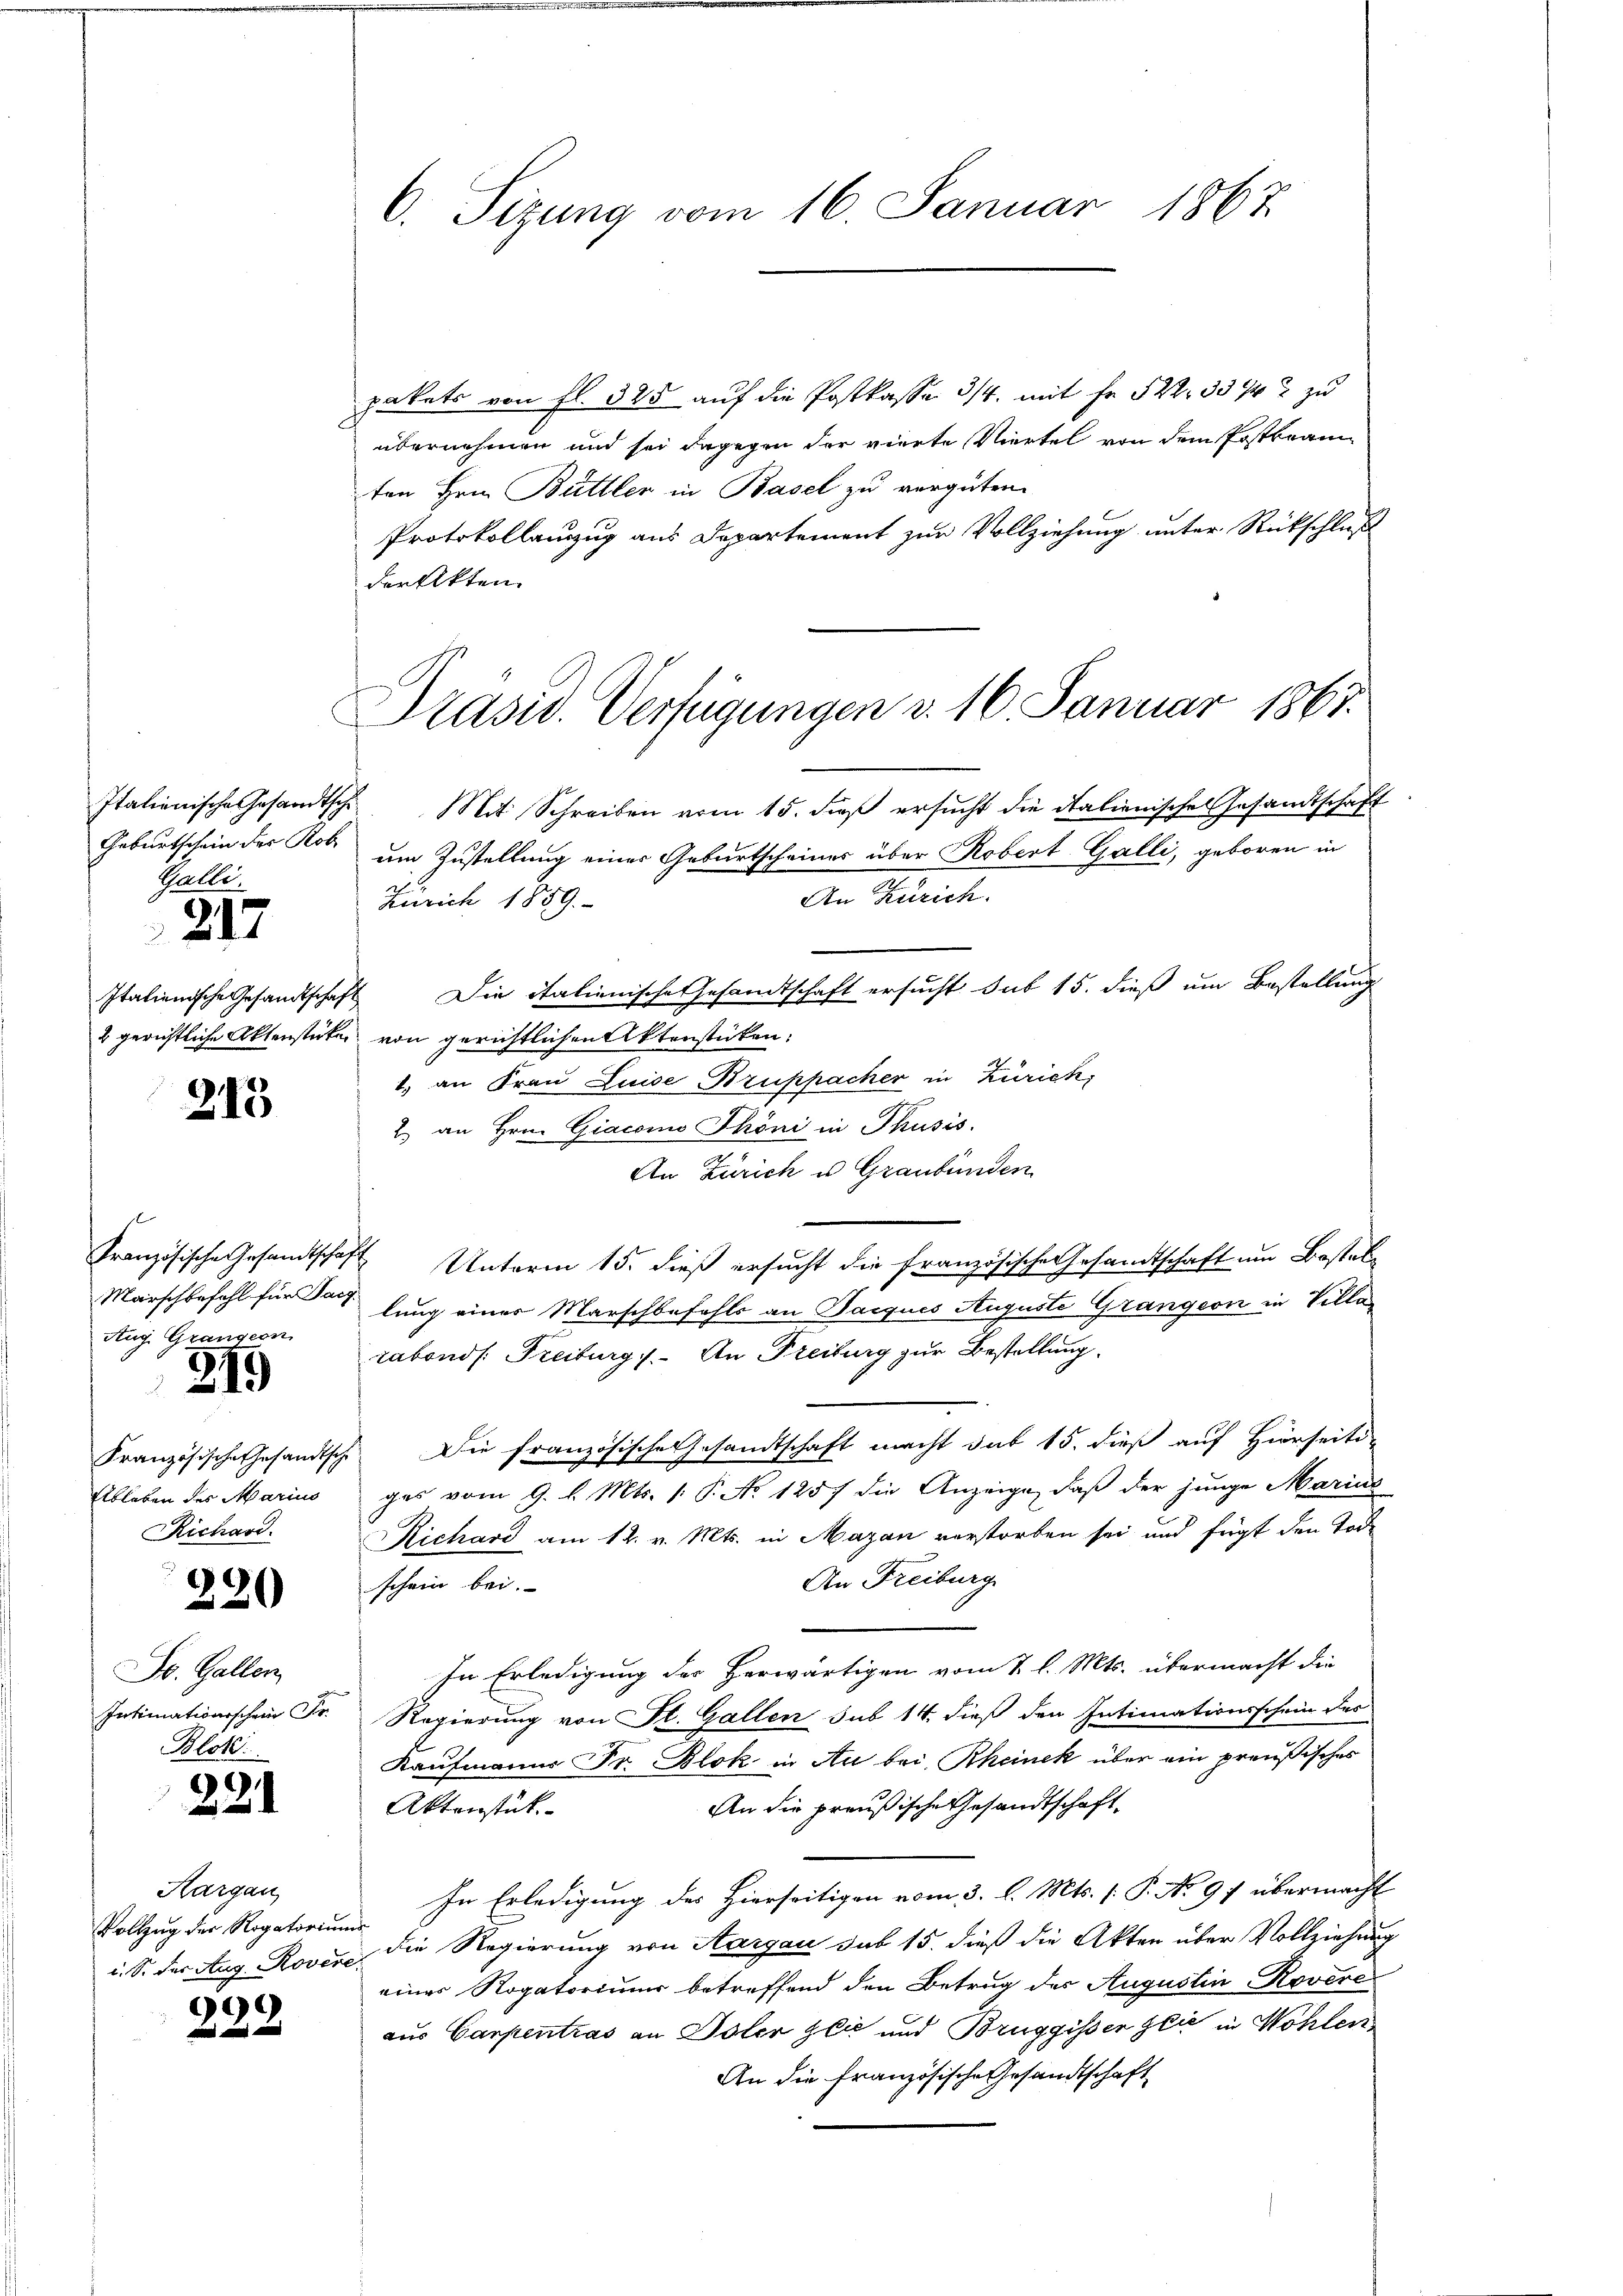
Italienische Gesandtsche
Geburtschein der Rob
Galli.

217

Italienische Gesandtschaf¬
2 gerichtliche Aktenstücken

213

Marschbefahl für Sach
Aug. Grangeon
219

Französische Gesandtsch
Ableben des Marius
Richard.

220

St. Gallen
Intimationsscheine Fr.
Blok.

221

Aargau,
Vollzug der Rogatorium
i. S. der Aug. Rovere

69

C. Sitzung vom 16. Januar 1867

pakets von fl. 325 auf die Postkassa 3/4. mit Fr. 522. 332 zu
übernehmen und sei dagegen der vierte Viertel von dem Postbeamten Hrn. Büttler in Basel zu vergüten.
Protokollanzug aus Departement zur Vollziehung unter Rückschluß
der Akten.

Präsid. Verfügungen v. 16. Januar 1867.

Mit Schreiben vom 15. dieß ersucht die Italienische Gesandtschaft
um Zustellung einer Geburtscheines über Robert Galli, geboren in
Aen Bericht.
Zürich 1859.
Die italienische Gesandtschaft ersucht sub 15. dieß um Bestellung
von gerichtlichen Aktenstücken:
1. an Frau Luise Bruppacher in Zürich,
2) an Hrn. Giacomo Phöni in Thusis.
An Zürich u. Graubünden
Französische Gesandtschaft Unterm 15. dieß ersucht die französische Gesandtschaft um Bestallung einer Marschbefehls an Jacques Auguste Grangern in Villa
rabonds. Freiburg 1.- An Freiburg zur Bestellung.
Die französische Gesandtschaft macht das 15. dieß auf Hierseitiges vom 9. l. Mts. [ P. No 1257 die Anzeige, daß der junge Marius
Richard am 12. v. Mts. in Mazan verstorben sei und fügt den Tode
An Freiburg
schein bei.
In Erledigung der Herwärtigen vom 1. l. Mts. übermacht die
Regierung von St. Gallen sub 14. dieß den Intimationsschein des
Kaufmanns Fr. Blok in Au bei Rheinek über ein preußisches
An die preußische Gesandtschaft,
Aktenstück
In Erledigung des Hierseitigen vom 3. l. Mts. (: P. No 97 übermacht
die Regierung von Aargau sub 15. dieß die Akten über Vollziehung
einer Rogatoriums betreffend den Betrug des Augustin Rovere
aus Carpentras an Isler zlić und Bruggissen glić in Wohlen,
An die französische Gesandtschaft